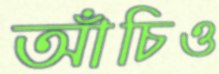
আঁচিও